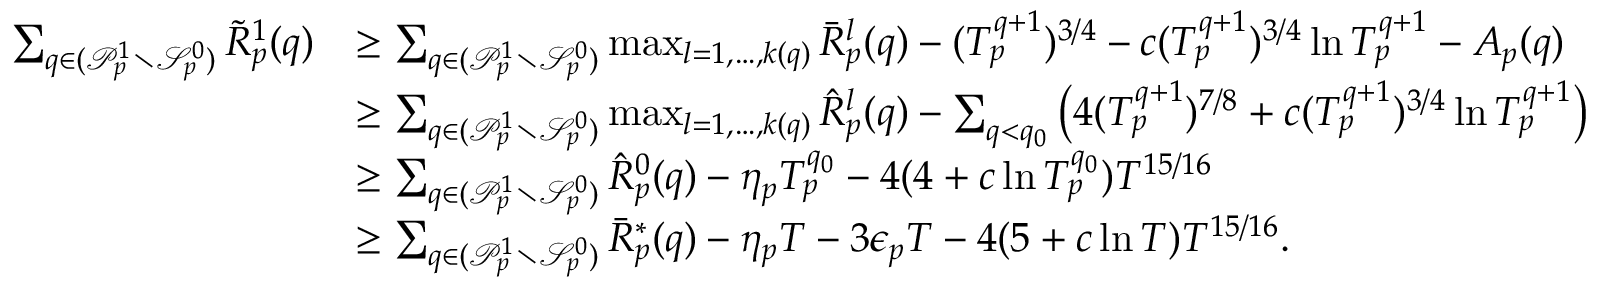
\begin{array} { r l } { \sum _ { q \in ( \mathcal { P } _ { p } ^ { 1 } \setminus \mathcal { S } _ { p } ^ { 0 } ) } \tilde { R } _ { p } ^ { 1 } ( q ) } & { \geq \sum _ { q \in ( \mathcal { P } _ { p } ^ { 1 } \setminus \mathcal { S } _ { p } ^ { 0 } ) } \operatorname* { m a x } _ { l = 1 , \ldots , k ( q ) } \bar { R } _ { p } ^ { l } ( q ) - ( T _ { p } ^ { q + 1 } ) ^ { 3 / 4 } - c ( T _ { p } ^ { q + 1 } ) ^ { 3 / 4 } \ln T _ { p } ^ { q + 1 } - A _ { p } ( q ) } \\ & { \geq \sum _ { q \in ( \mathcal { P } _ { p } ^ { 1 } \setminus \mathcal { S } _ { p } ^ { 0 } ) } \operatorname* { m a x } _ { l = 1 , \ldots , k ( q ) } \hat { R } _ { p } ^ { l } ( q ) - \sum _ { q < q _ { 0 } } \left( 4 ( T _ { p } ^ { q + 1 } ) ^ { 7 / 8 } + c ( T _ { p } ^ { q + 1 } ) ^ { 3 / 4 } \ln T _ { p } ^ { q + 1 } \right) } \\ & { \geq \sum _ { q \in ( \mathcal { P } _ { p } ^ { 1 } \setminus \mathcal { S } _ { p } ^ { 0 } ) } \hat { R } _ { p } ^ { 0 } ( q ) - \eta _ { p } T _ { p } ^ { q _ { 0 } } - 4 ( 4 + c \ln T _ { p } ^ { q _ { 0 } } ) T ^ { 1 5 / 1 6 } } \\ & { \geq \sum _ { q \in ( \mathcal { P } _ { p } ^ { 1 } \setminus \mathcal { S } _ { p } ^ { 0 } ) } \bar { R } _ { p } ^ { * } ( q ) - \eta _ { p } T - 3 \epsilon _ { p } T - 4 ( 5 + c \ln T ) T ^ { 1 5 / 1 6 } . } \end{array}